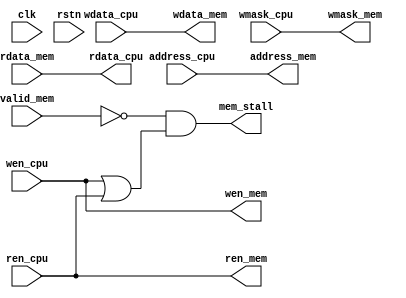
module Core2MMIO_FSM (
    input wire clk,
    input wire rstn,
    input wire [63:0] address_cpu,
    input wire wen_cpu,
    input wire ren_cpu,
    input wire [63:0] wdata_cpu,
    input wire [7:0] wmask_cpu,
    output [63:0] rdata_cpu,
    output mem_stall,

    output wire [63:0] address_mem,
    output wire ren_mem,
    output wire wen_mem,
    output wire [7:0] wmask_mem,
    output wire [63:0] wdata_mem,
    input wire [63:0] rdata_mem,
    input wire valid_mem
);

    assign address_mem=address_cpu;
    assign wen_mem=wen_cpu;
    assign ren_mem=ren_cpu;
    assign wdata_mem=wdata_cpu;
    assign wmask_mem=wmask_cpu;
    assign rdata_cpu=rdata_mem;
    assign mem_stall=~valid_mem&(wen_cpu|ren_cpu);

endmodule